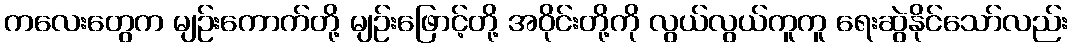
ကလေးတွေက မျဉ်းကောက်တို့ မျဉ်းဖြောင့်တို့ အဝိုင်းတို့ကို လွယ်လွယ်ကူကူ ရေးဆွဲနိုင်သော်လည်း